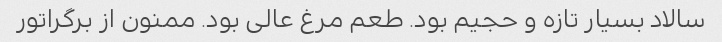
سالاد بسیار تازه و حجیم بود. طعم مرغ عالی بود. ممنون از برگراتور